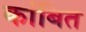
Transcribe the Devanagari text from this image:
कांबित